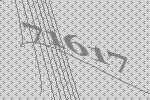
71617